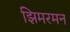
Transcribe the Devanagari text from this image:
झिमरमन